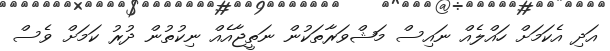
އަދި އެކަމަށް ހައްލެއް ނައިސް މަޝްވަރާތަކުން ނަތީޖާއެއް ނިކުތުން ދުރު ކަމަށް ވެސް